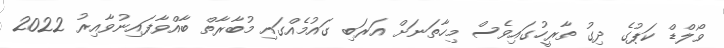
ވޯލްޑް ކަޕުގެ ދިގު ތާރީހުގައިވެސް މިހާތަނަށް އަރަބި ގައުމެއްގައި މުބާރާތް ބާއްވާފައިނުވާއިރު 2022